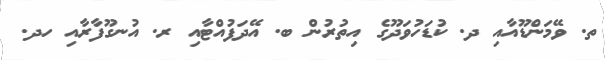
ތ. ވޭމަންޑޫއާއި ދ. ކުޑަހުވަދޫގެ އިތުރުން ބ. އޭދަފުއްޓާއި ރ. އުނގޫފާރާއި ހދ.